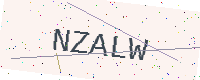
Text: NZALW